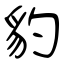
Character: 豹